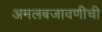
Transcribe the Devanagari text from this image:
अमलबजावणीची